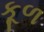
કૂળ